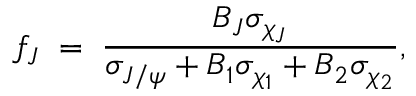
f _ { J } \; = \; { \frac { B _ { J } \sigma _ { \chi _ { J } } } { \sigma _ { J / \psi } + B _ { 1 } \sigma _ { \chi _ { 1 } } + B _ { 2 } \sigma _ { \chi _ { 2 } } } } ,